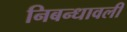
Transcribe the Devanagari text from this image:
निबन्धावली